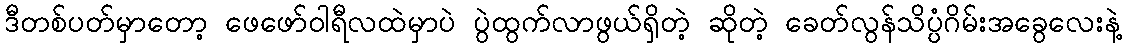
ဒီတစ်ပတ်မှာတော့ ဖေဖော်ဝါရီလထဲမှာပဲ ပွဲထွက်လာဖွယ်ရှိတဲ့ ဆိုတဲ့ ခေတ်လွန်သိပ္ပံဂိမ်းအခွေလေးနဲ့